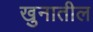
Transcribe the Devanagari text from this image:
खुनातील